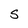
Character: S